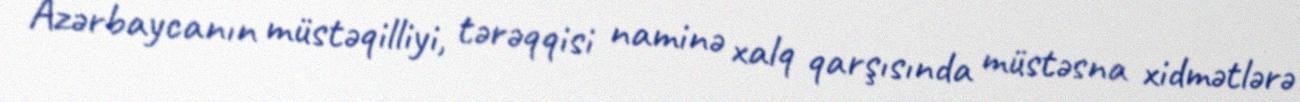
Azərbaycanın müstəqilliyi, tərəqqisi naminə xalq qarşısında müstəsna xidmətlərə